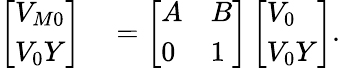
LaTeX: \begin{array}{rl}{\left[\begin{array}{l}{V_{M0}}\\ {V_{0}Y}\end{array}\right]}&{{}=\left[\begin{array}{ll}{A}&{B}\\ {0}&{1}\end{array}\right]\left[\begin{array}{l}{V_{0}}\\ {V_{0}Y}\end{array}\right].}\end{array}